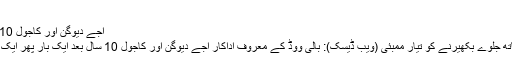
شویگو کاکہنا تھا کہ شام کو دفاعی ...
اجے دیوگن اور کاجول 10 سال بعد ایک ساتھ جلوے بکھیرنے کو تیار
اجے دیوگن اور کاجول 10 سال بعد ایک ساتھ جلوے بکھیرنے کو تیار ممبئی (ویب ڈیسک): بالی ووڈ کے معروف اداکار اجے دیوگن اور کاجول 10 سال بعد ایک بار پھر ایک ساتھ فلم میں جلوے بکھیرتے نظر آئیں گے۔